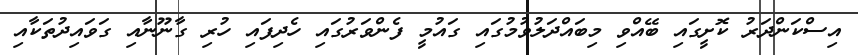
އިސްކަންދަރު ކޮށީގައި ބޭއްވި މިބައްދަލުވުމުގައި ގައުމީ ފެންވަރުގައި ހެދިފައި ހުރި ގާނޫނާއި ގަވައިދުތަކާއި